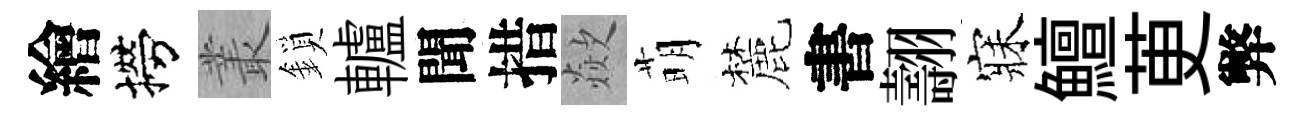
繪撈叢鎖轤聞措歘萌麓書翿寐鱣茰弊